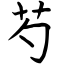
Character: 芍